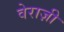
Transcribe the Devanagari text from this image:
वेराज़ी